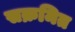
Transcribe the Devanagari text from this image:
सक्रमित